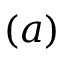
( a )